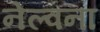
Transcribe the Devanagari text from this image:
नेल्वना